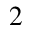
^ { 2 }